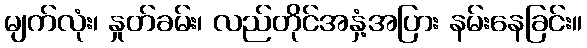
မျက်လုံး၊ နှုတ်ခမ်း၊ လည်တိုင်အနှံ့အပြား နမ်းနေခြင်း။